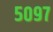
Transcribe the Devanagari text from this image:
५०९७